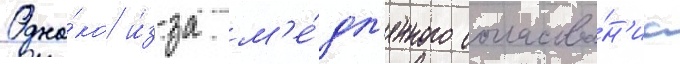
Одна́ко и́з-за м'е́дл'енного согласова́н'иа